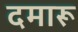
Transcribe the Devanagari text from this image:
दमारू